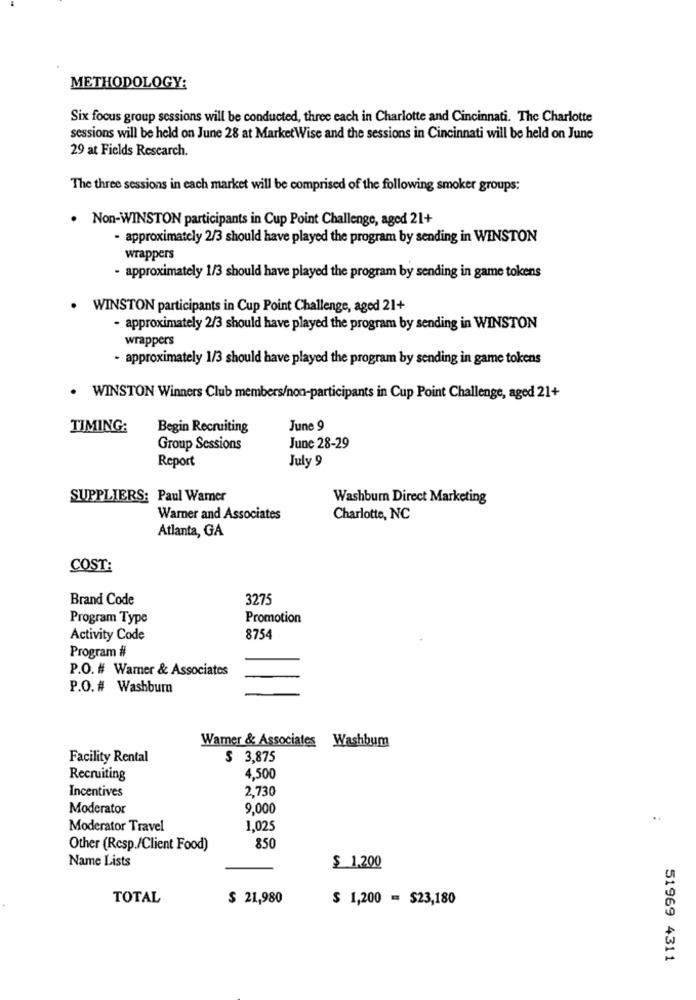
METHODOLOGY:
Six focus group sessions will be conducted, three each in Charlotte and Cincinnati. The Charlotte
sessions will be held on June 28 at MarketWise and the sessions in Cincinnati will be held on June
29 at Fields Research.
The three sessions in each market will be comprised of the following smoker groups:
. Non-WINSTON participants in Cup Point Challenge, aged 21+
- approximately 2/3 should have played the program by sending in WINSTON
wrappers
- approximately 1/3 should have played the program by sending in game tokens
WINSTON participants in Cup Point Challenge, aged 21+
- approximately 2/3 should have played the program by sending in WINSTON
wrappers
- approximately 1/3 should have played the program by sending in game tokens
WINSTON Winners Club members/non-participants in Cup Point Challenge, aged 21+
TIMING:
Begin Recruiting
June 9
Group Sessions
June 28-29
Report
July 9
SUPPLIERS: Paul Warner
Washburn Direct Marketing
Warner and Associates
Charlotte, NC
Atlanta, GA
COST:
Brand Code
3275
Program Type
Promotion
Activity Code
8754
Program #
P.O. # Wamer & Associates
P.O. # Washburn
Wamer & Associates Washbum
Facility Rental
$ 3,875
Recruiting
4,500
Incentives
2,730
Moderator
9,000
..
Moderator Travel
1,025
Other (Resp./Client Food)
850
Name Lists
$ 1.200
TOTAL
$ 21,980
$ 1,200 = $23,180
51969 4311